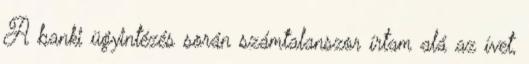
A banki ügyintézés során számtalanszor írtam alá az ívet,